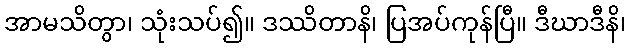
အာမသိတွာ၊ သုံးသပ်၍။ ဒဿိတာနိ၊ ပြအပ်ကုန်ပြီ။ ဒီဃာဒီနိ၊